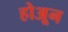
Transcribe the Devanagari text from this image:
होअून